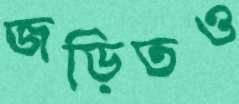
জড়িতও